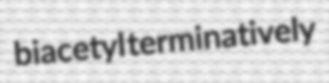
biacetyl terminatively